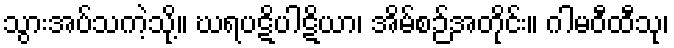
သွားအပ်သကဲ့သို့။ ဃရပဋိပါဋိယာ၊ အိမ်စဉ်အတိုင်း။ ဂါမဝီထီသု၊